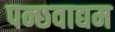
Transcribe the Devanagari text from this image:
पन्छवाद्यम